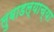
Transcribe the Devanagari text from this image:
लुबाडल्याच्या